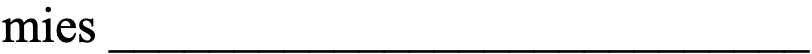
mies ____________________________